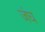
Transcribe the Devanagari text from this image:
जंघ